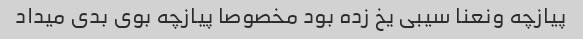
پیازچه ونعنا سیبی یخ زده بود مخصوصا پیازچه بوی بدی میداد